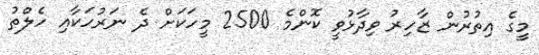
މީގެ އިތުރުން ޒާހިރު ވިދާޅުވީ ކޮންމެ 2500 މީހަކަށް ދެ ނަރުހަކާއި ހެލްތު